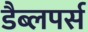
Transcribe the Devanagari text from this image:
डैब्लपर्स